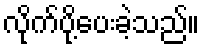
လိုက်ပို့ပေးခဲ့သည်။